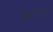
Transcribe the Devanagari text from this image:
वावरली